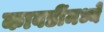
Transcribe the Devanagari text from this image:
कावडींमध्ये